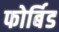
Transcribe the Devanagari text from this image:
फोर्बिड